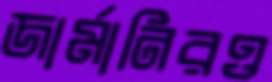
জার্মানিরও